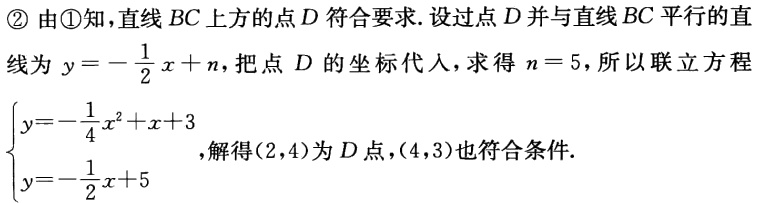
\textcircled{2}由\textcircled{1}知，直线 \(BC\) 上方的点 \(D\) 符合要求. 设过点 \(D\) 并与直线 \(BC\) 平行的直线为 \(y = -\frac{1}{2}x + n\)，把点 \(D\) 的坐标代入，求得 \(n = 5\)，所以联立方程\(\begin{cases}y = -\frac{1}{4}x^{2}+x + 3\\y = -\frac{1}{2}x + 5\end{cases}\)，解得\((2,4)\)为 \(D\) 点，\((4,3)\)也符合条件.